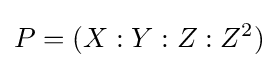
P=(X:Y:Z:Z^{2})